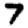
Digit: 7